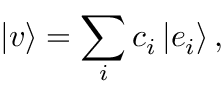
| v \rangle = \sum _ { i } c _ { i } \left| e _ { i } \right\rangle ,